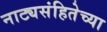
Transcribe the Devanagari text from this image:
नाट्यसंहितेच्या